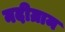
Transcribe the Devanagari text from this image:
नदीग्राम